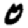
Digit: 0